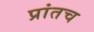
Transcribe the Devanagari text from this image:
प्रांतच